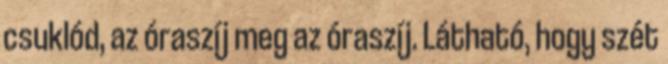
csuklód, az óraszíj meg az óraszíj. Látható, hogy szét